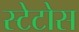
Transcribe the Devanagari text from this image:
स्टेटोस